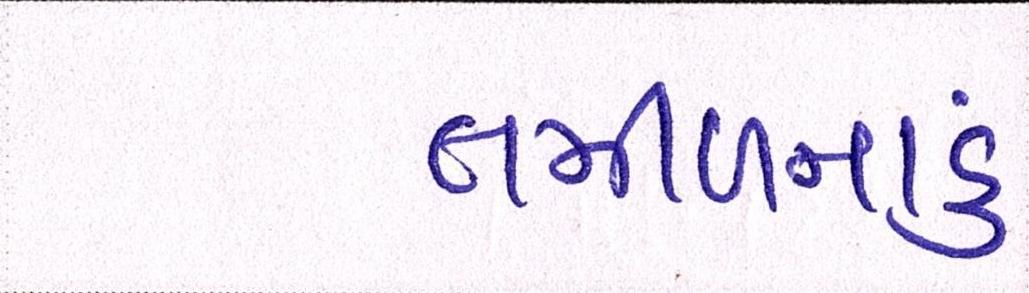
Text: તમીળનાડુ